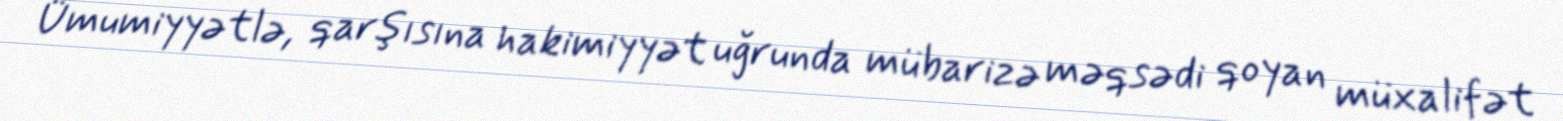
Ümumiyyətlə, qarşısına hakimiyyət uğrunda mübarizə məqsədi qoyan müxalifət